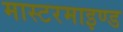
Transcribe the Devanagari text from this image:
मास्टरमाइण्ड